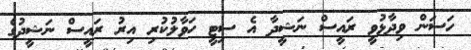
ހަސަން ވިދާޅުވީ ރައީސް ނަޝީދާ އެ ސިޓީ ހަވާލުކުރި އިރު ރައީސް ނަޝީދުގެ